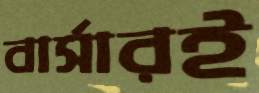
বার্সারই